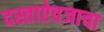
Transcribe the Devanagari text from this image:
दस्ताऐवजाचा